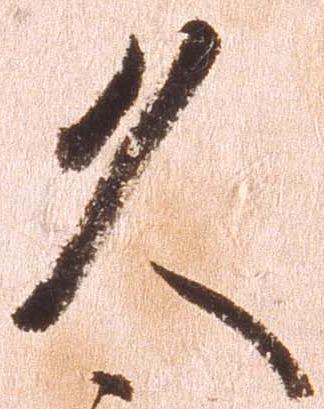
久